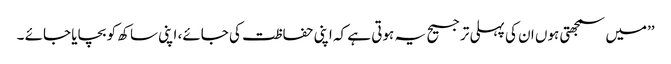
’’میں سمجھتی ہوں ان کی پہلی ترجیح یہ ہوتی ہے کہ اپنی حفاظت کی جائے، اپنی ساکھ کو بچایا جائے ۔